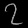
Digit: ၇